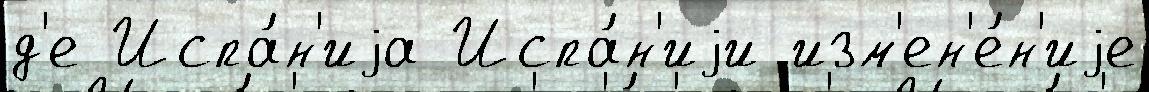
д'е Испа́н'иjа Испа́н'иjи изм'ен'е́н'иjе